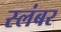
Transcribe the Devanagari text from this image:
स्लंबर